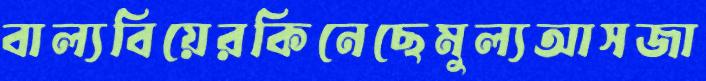
বাল্যবিয়েরকিনেছেমুল্যআসজা